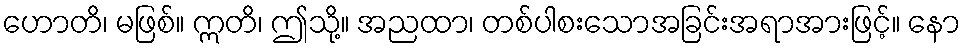
ဟောတိ၊ မဖြစ်။ ဣတိ၊ ဤသို့။ အညထာ၊ တစ်ပါစးသောအခြင်းအရာအားဖြင့်။ နော